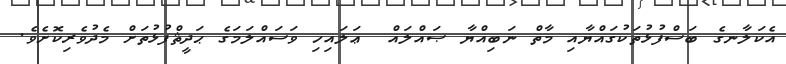
އެކަލާނގެ ބަސްފުޅުތަކުގައްޔާއި މާތް ނަބިއްޔާ ޞައްލައް  ޢަލައިހި ވަސައްލަމަގެ ޙަދީޘްފުޅުތަށް މެދުވެރިކޮށެވެ.